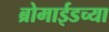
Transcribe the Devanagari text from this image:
ब्रोमाईडच्या